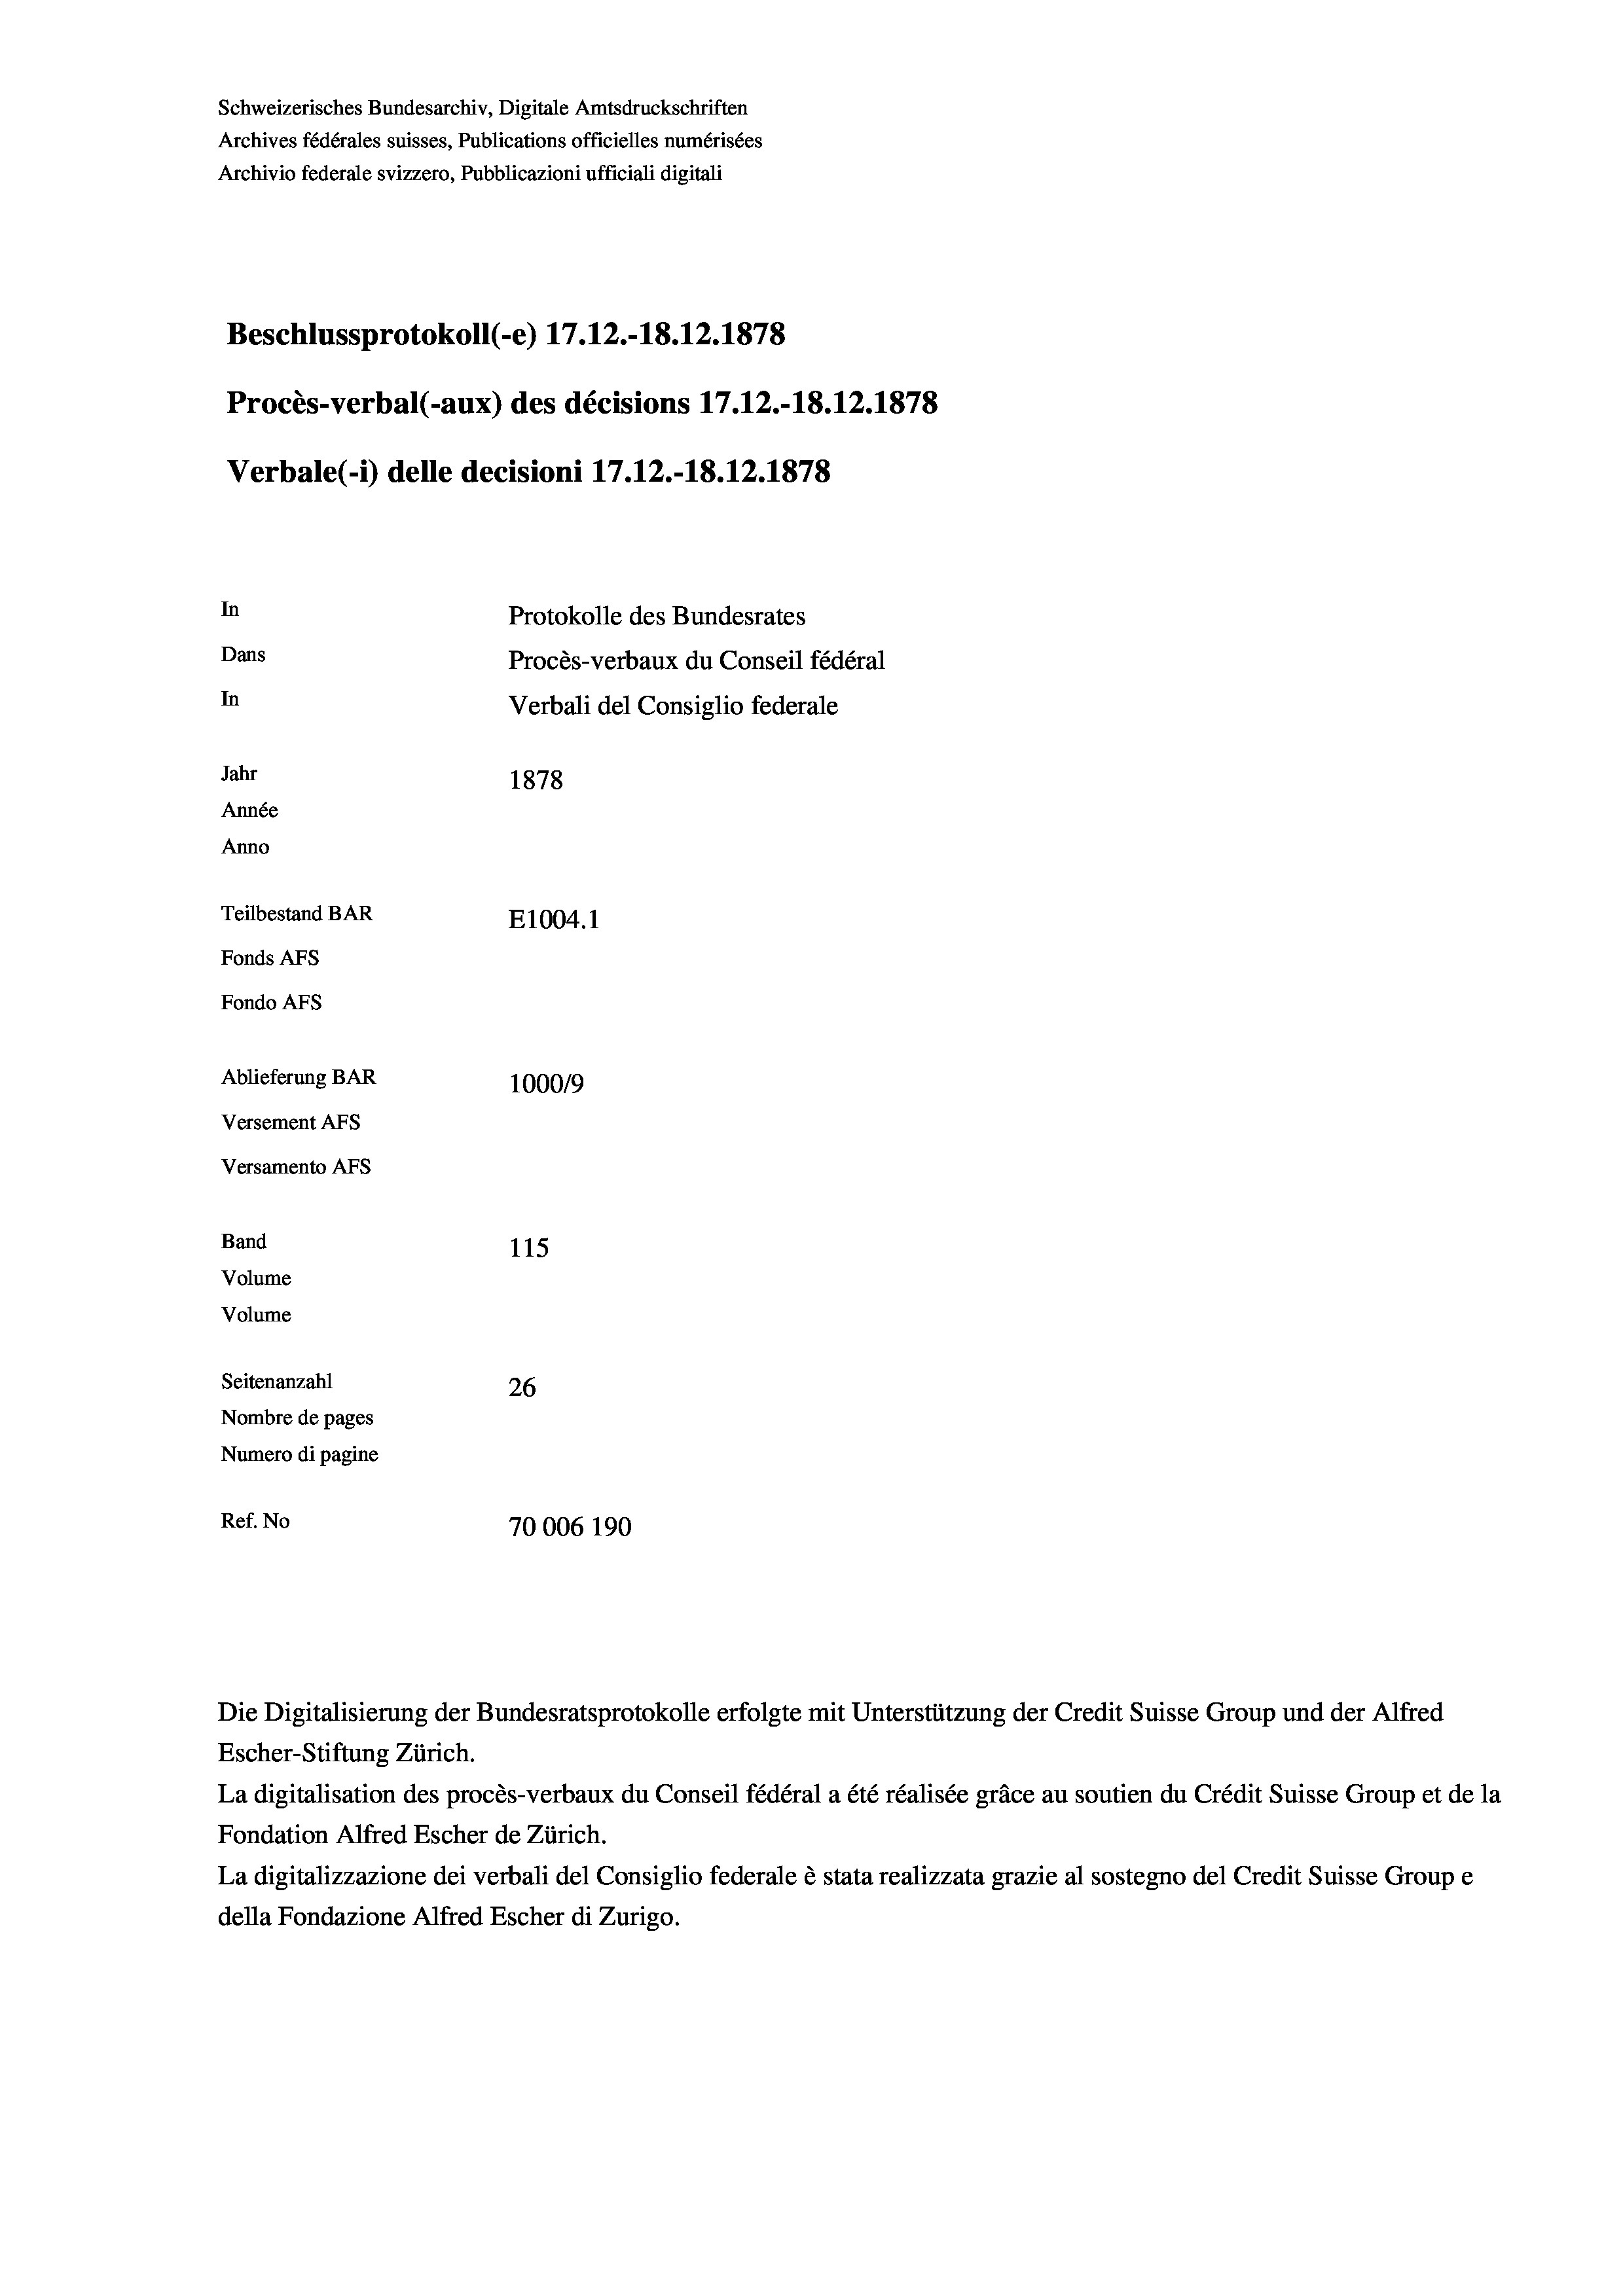
Schweizerisches Bundesarchiv, Digitale Amtsdruckschriften
Archives fédérales suisses, Publications officielles numérisées
Archivio federale svizzero, Pubblicazioni ufficiali digitali
Beschlussprotokoll (-e) 17.12.-18. 12. 1878
Procès-verbal (-aux) des décisions 17.12.-18.12.1878
Verbale (- 1) delle decisioni 17.12.-18. 12. 1878
In
Protokolle des Bundesrates
Dans
Procès-verbaux du Conseil fédéral
In
Verbali del Consiglio federale
Jahr
1878
Année
Anno
Teilbestand BAR
E1004. 1
Fonds AFs
Fondo AFs
Ablieferung BAR
100019
Versement AFs
Versamento Afs
Band
115
Volume
Volume

Seitenanzahl
26
Nombre de pages
Numero di pagine
Ref. No
70006 190

Escher-Stiftung Zürich.
La digitalisation des procès-verbaux du Conseil fédéral a été réalisée gräce au soutien du Crédit Suisse Group et de la
Fondation Alfred Escher de Zürich.
La digitalizzazione dei verbali del Consiglio federale è stata realizzata grazie al sostegno del Credit Suisse Groupe
della Fondazione Alfred Escher di Zurigo.

Die Digitalisierung der Bundesratsprotokolle erfolgte mit Unterstützung der Credit Suisse Group und der Alfred